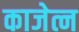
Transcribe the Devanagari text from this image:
काजेत्न